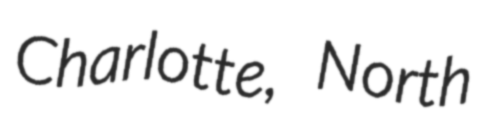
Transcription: Charlotte, North